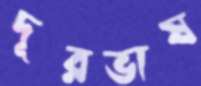
দূরভাষ